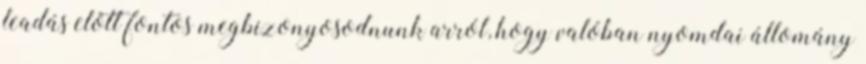
leadás előtt fontos megbizonyosodnunk arról, hogy valóban nyomdai állomány